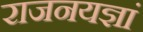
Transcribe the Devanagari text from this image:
राजनयज्ञां